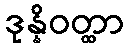
ဒုန္နိဝတ္ထာ